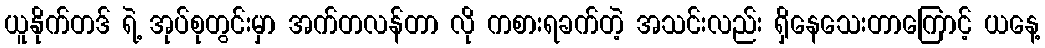
ယူနိုက်တဒ် ရဲ့ အုပ်စုတွင်းမှာ အက်တလန်တာ လို ကစားရခက်တဲ့ အသင်းလည်း ရှိနေသေးတာကြောင့် ယနေ့